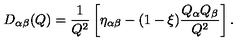
D _ { \alpha \beta } ( Q ) = \frac { 1 } { Q ^ { 2 } } \left[ \eta _ { \alpha \beta } - ( 1 - \xi ) \frac { Q _ { \alpha } Q _ { \beta } } { Q ^ { 2 } } \right] .